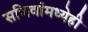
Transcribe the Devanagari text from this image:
सजिवांमध्येही